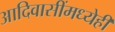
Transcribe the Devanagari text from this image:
आदिवासींमध्येही